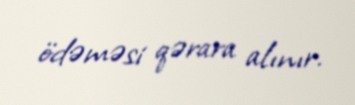
ödəməsi qərara alınır.